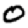
Digit: 0